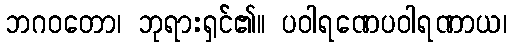
ဘဂဝတော၊ ဘုရားရှင်၏။ ပဝါရဏေပဝါရဏာယ၊